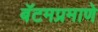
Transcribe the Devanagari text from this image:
बॅटमप्रमाणे